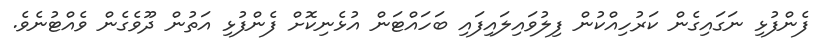
ފެންފުޅި ނަގައިގެން ކަރުހިއްކުން ފިލުވައިލައިފައި ބަހައްޓަން އުޅެނިކޮށް ފެންފުޅި އަތުން ދޫވެގެން ވެއްޓުނެވެ.